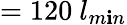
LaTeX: =120~l_{m\mathbf{i}n}